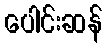
ပေါင်းဆန်